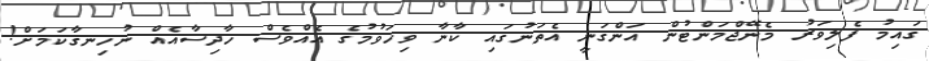
ގައިމު ފެލިވަރު މެނޭޖްމަންޓުން އަންގަނީ އެތަނުގައި ކާނާ ވިހަވުމުގެ އެއްވެސް ހާދިސާއެއް ނުހިނގާކަމަށް!